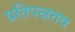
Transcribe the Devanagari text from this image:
प्रतिपक्षतव